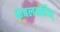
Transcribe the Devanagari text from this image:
कंबलबर्हिस्